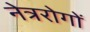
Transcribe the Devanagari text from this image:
नेत्ररोगों